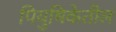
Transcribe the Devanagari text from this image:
पियुषिकेतील